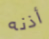
أذنه